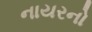
નાયરનો